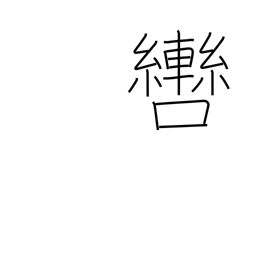
Meaning: bit (horse)